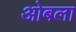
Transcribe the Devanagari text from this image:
ओबला